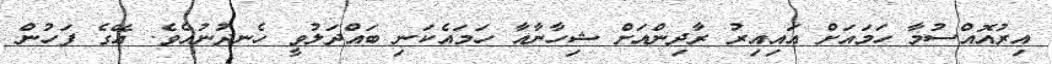
އިރުއޮއްސުމާ ހަމައަށް އައިއިރު ރާދިންއަށް ޝިހާނާއާ ހަމައެކަނި ބައްދަލުވީ ހެނދުނުއެވެ. އޭގެ ފަހުން